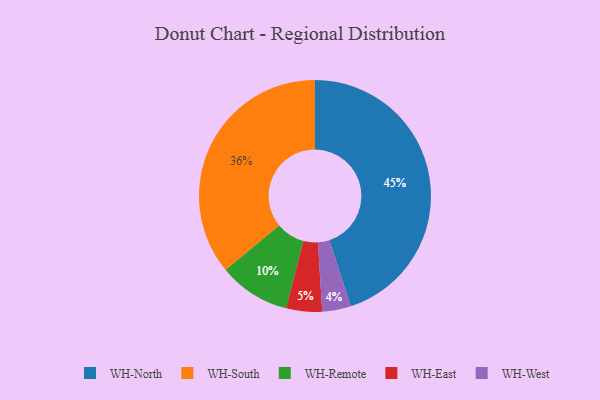
{"axis": {"x": "Category", "y": "Percentage"}, "legend": ["WH-East", "WH-North", "WH-Remote", "WH-South", "WH-West"], "data": [{"x": "WH-South", "y": 36, "type": "WH-South"}, {"x": "WH-West", "y": 4, "type": "WH-West"}, {"x": "WH-North", "y": 45, "type": "WH-North"}, {"x": "WH-Remote", "y": 10, "type": "WH-Remote"}, {"x": "WH-East", "y": 5, "type": "WH-East"}]}